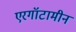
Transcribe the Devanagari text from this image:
एरगॉटामीन